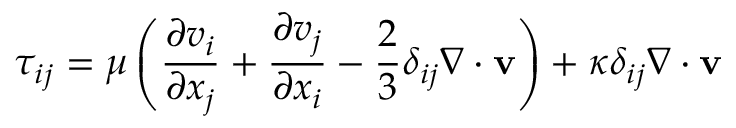
\tau _ { i j } = \mu \left( { \frac { \partial v _ { i } } { \partial x _ { j } } } + { \frac { \partial v _ { j } } { \partial x _ { i } } } - { \frac { 2 } { 3 } } \delta _ { i j } \nabla \cdot \mathbf { v } \right) + \kappa \delta _ { i j } \nabla \cdot \mathbf { v }